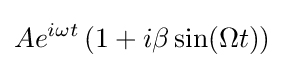
Ae^{i\omega t}\left(1+i\beta \sin(\Omega t)\right)